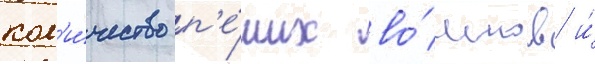
кол'и́чество п'е́ших во́инов и́